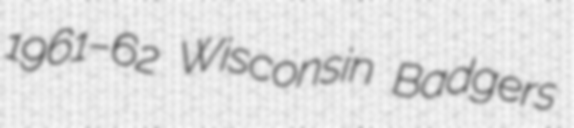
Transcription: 1961–62 Wisconsin Badgers